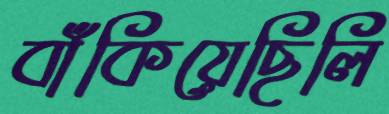
বাঁকিয়েছিলি